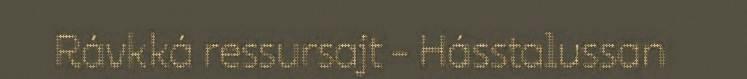
Rávkká ressursajt - Hásstalussan